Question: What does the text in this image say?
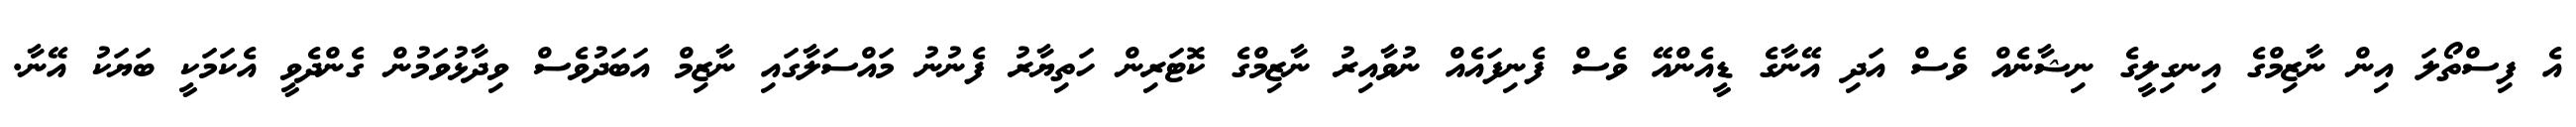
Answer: އެ ފިސްތޯލަ އިން ނާޒިމްގެ އިނގިލީގެ ނިޝާނެއް ވެސް އަދި އޭނާގެ ޑީއެންއޭ ވެސް ފެނިފައެއް ނުވާއިރު ނާޒިމްގެ ކޮޓަރިން ހަތިޔާރު ފެނުނު މައްސަލާގައި ނާޒިމް އަބަދުވެސް ވިދާޅުވަމުން ގެންދެވީ އެކަމަކީ ބަޔަކު އޭނާ.